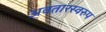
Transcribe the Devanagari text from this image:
अवतारस्वरुप